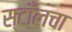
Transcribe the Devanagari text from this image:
स्टाँलचा